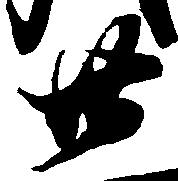
廿